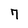
Character: 7